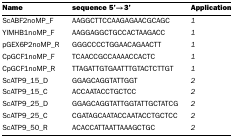
| Name | sequence 5'→3' | Application |
 | --- | --- | --- |
 | ScABF2noMP_F | AAGGCTTCCAAGAGAACGCAGC | 1 |
 | YlMHB1noMP_F | AAGGAGGCTGCCACTAAGACC | 1 |
 | pGEX6P2noMP_R | GGGCCCCTGGAACAGAACTT | 1 |
 | CpGCF1noMP_F | TCAACCGCCAAAACCACTC | 1 |
 | CpGCF1noMP_R | TTAGATTGTGAATTTGTACTCTTGT | 1 |
 | ScATP9_15_D | GGAGCAGGTATTGGT | 2 |
 | ScATP9_15_C | ACCAATACCTGCTCC | 2 |
 | ScATP9_25_D | GGAGCAGGTATTGGTATTGCTATCG | 2 |
 | ScATP9_25_C | CGATAGCAATACCAATACCTGCTCC | 2 |
 | ScATP9_50_R | ACACCATTAATTAAAGCTGC | 2 |